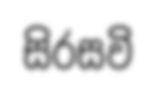
සිරසවි